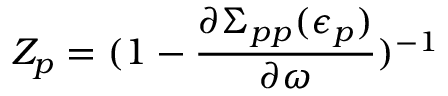
Z _ { p } = ( 1 - \frac { \partial \Sigma _ { p p } ( \epsilon _ { p } ) } { \partial \omega } ) ^ { - 1 }